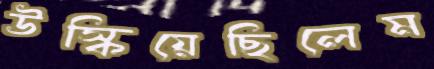
উস্‌কিয়েছিলেম